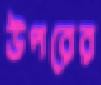
উপরের